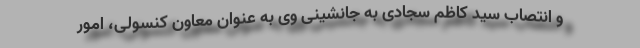
و انتصاب سید کاظم سجادی به جانشینی وی به عنوان معاون کنسولی، امور